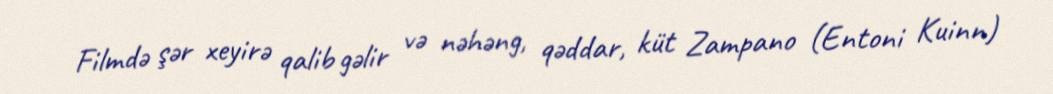
Filmdə şər xeyirə qalib gəlir və nəhəng, qəddar, küt Zampano (Entoni Kuinn)